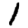
Digit: 1